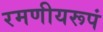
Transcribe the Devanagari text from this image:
रमणीयरूपं